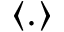
\langle . \rangle